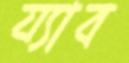
য্যাব